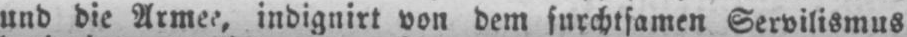
und die Armee, indignirt von dem furchtsamen Servilismus